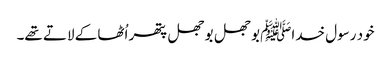
خود رسول خداﷺ بوجھل بوجھل پتھر اُٹھا کے لاتے تھے۔